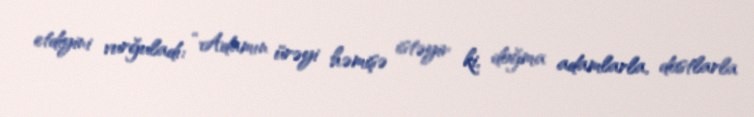
etdiyini vurğuladı: “Adamın ürəyi həmişə istəyir ki, doğma adamlarla, dostlarla